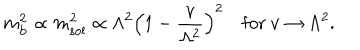
m _ { \mathrm { b } } ^ { 2 } \propto m _ { \mathrm { s o l } } ^ { 2 } \propto \Lambda ^ { 2 } \Bigl ( 1 - { \frac { v } { \Lambda ^ { 2 } } } \Bigr ) ^ { 2 } \quad \mathrm { f o r \ } v \rightarrow \Lambda ^ { 2 } .